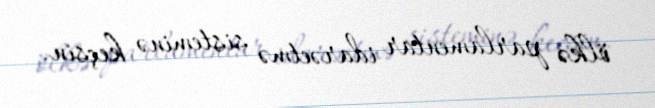
ölkə parlamentar idarəetmə sisteminə keçsin.